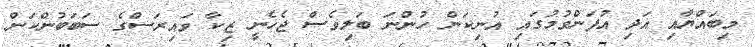
މިބައްޔާއި އަދި އުފަންވުމުގައި އުނިކަން ހުންނަ ބަލިވެސް ޖެހެނީ ޒިކާ ވައިރަސްގެ ސަބަބުންކަން